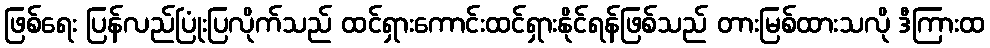
ဖြစ်ရေး ပြန်လည်ပြုံးပြလိုက်သည် ထင်ရှားကောင်းထင်ရှားနိုင်ရန်ဖြစ်သည် တားမြစ်ထားသလို ဒီကြားထ